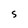
Character: S